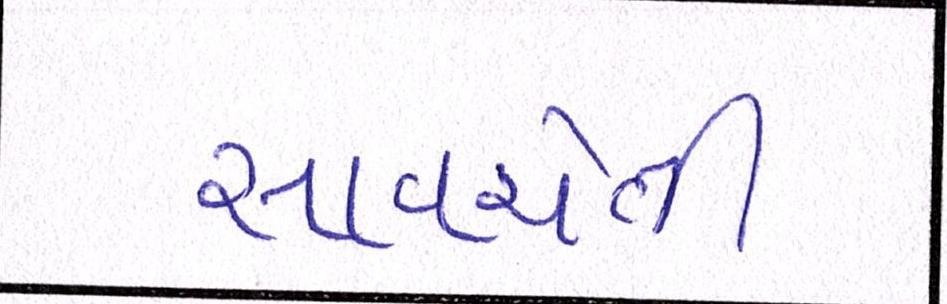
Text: સાવચેતી